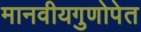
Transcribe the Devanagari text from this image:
मानवीयगुणोपेत